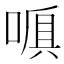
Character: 𠺍